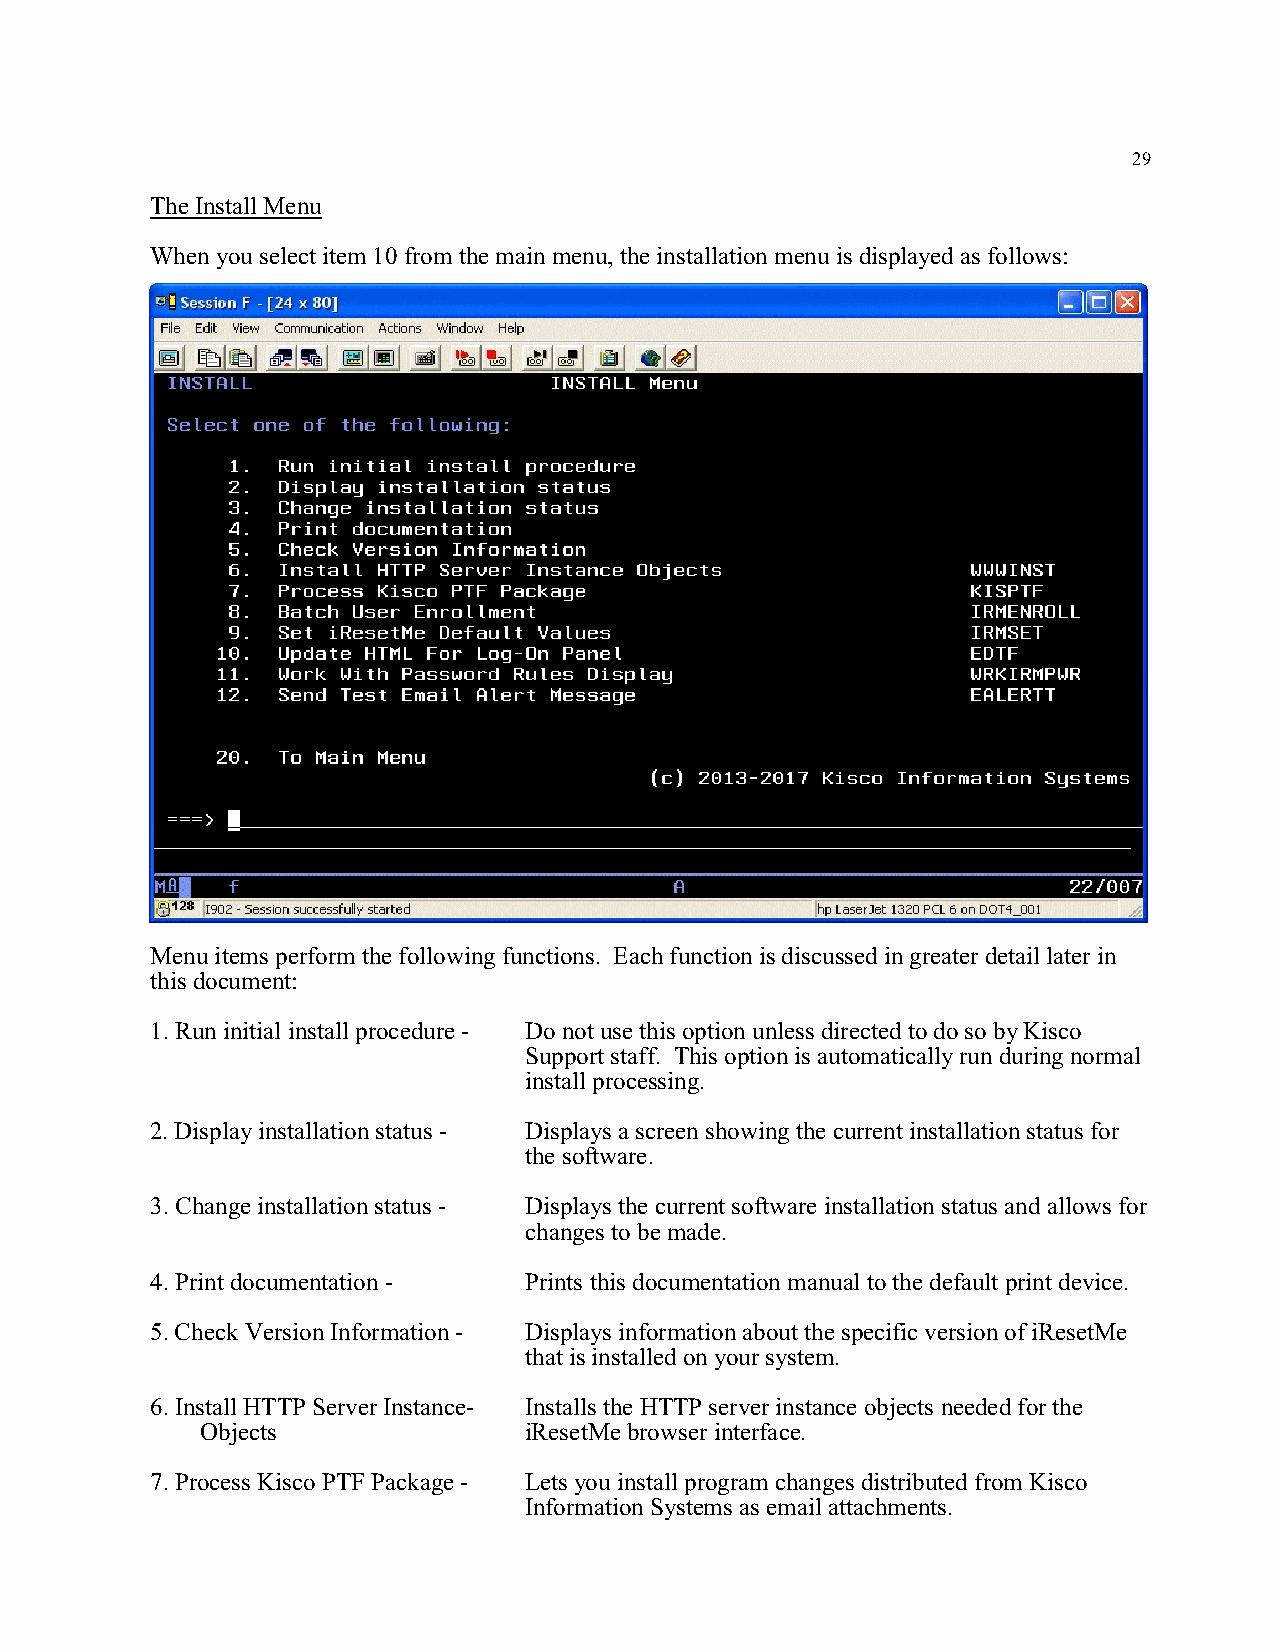
29
 The Install Menu
 When you select item 10 from the main menu, the installation menu is displayed as follows:
 Menu items perform the following functions. Each function is discussed in greater detail later in
 this document:
 1. Run initial install procedure - Do not use this option unless directed to do so by Kisco
 Support staff. This option is automatically run during normal
 install processing.
 2. Display installation status - Displays a screen showing the current installation status for
 the software.
 3. Change installation status - Displays the current software installation status and allows for
 changes to be made.
 4. Print documentation - Prints this documentation manual to the default print device.
 5. Check Version Information - Displays information about the specific version of iResetMe
 that is installed on your system.
 6. Install HTTP Server Instance- Installs the HTTP server instance objects needed for the
 Objects               iResetMe browser interface.
 7. Process Kisco PTF Package - Lets you install program changes distributed from Kisco
 Information Systems as email attachments.